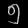
Digit: ၅